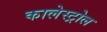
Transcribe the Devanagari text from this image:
कालेस्ट्रोल